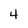
Character: 4